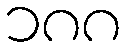
၁၈၈